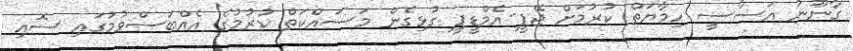
ގާނޫނު އަސާސީ ހިމާޔަތް ކުރުމަށް ޖޭޕީ-އެމްޑީޕީ ގުޅިގެން މަސައްކަތް ކުރުމުގެ އެއްބަސްވުމުގައި ސޮއި